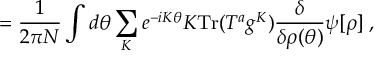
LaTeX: = \frac { 1 } { 2 \pi N } \int d \theta \sum _ { K } e ^ { - i K \theta } K \mathrm { T r } ( T ^ { a } g ^ { K } ) \frac { \delta } { \delta \rho ( \theta ) } \psi [ \rho ] \; ,